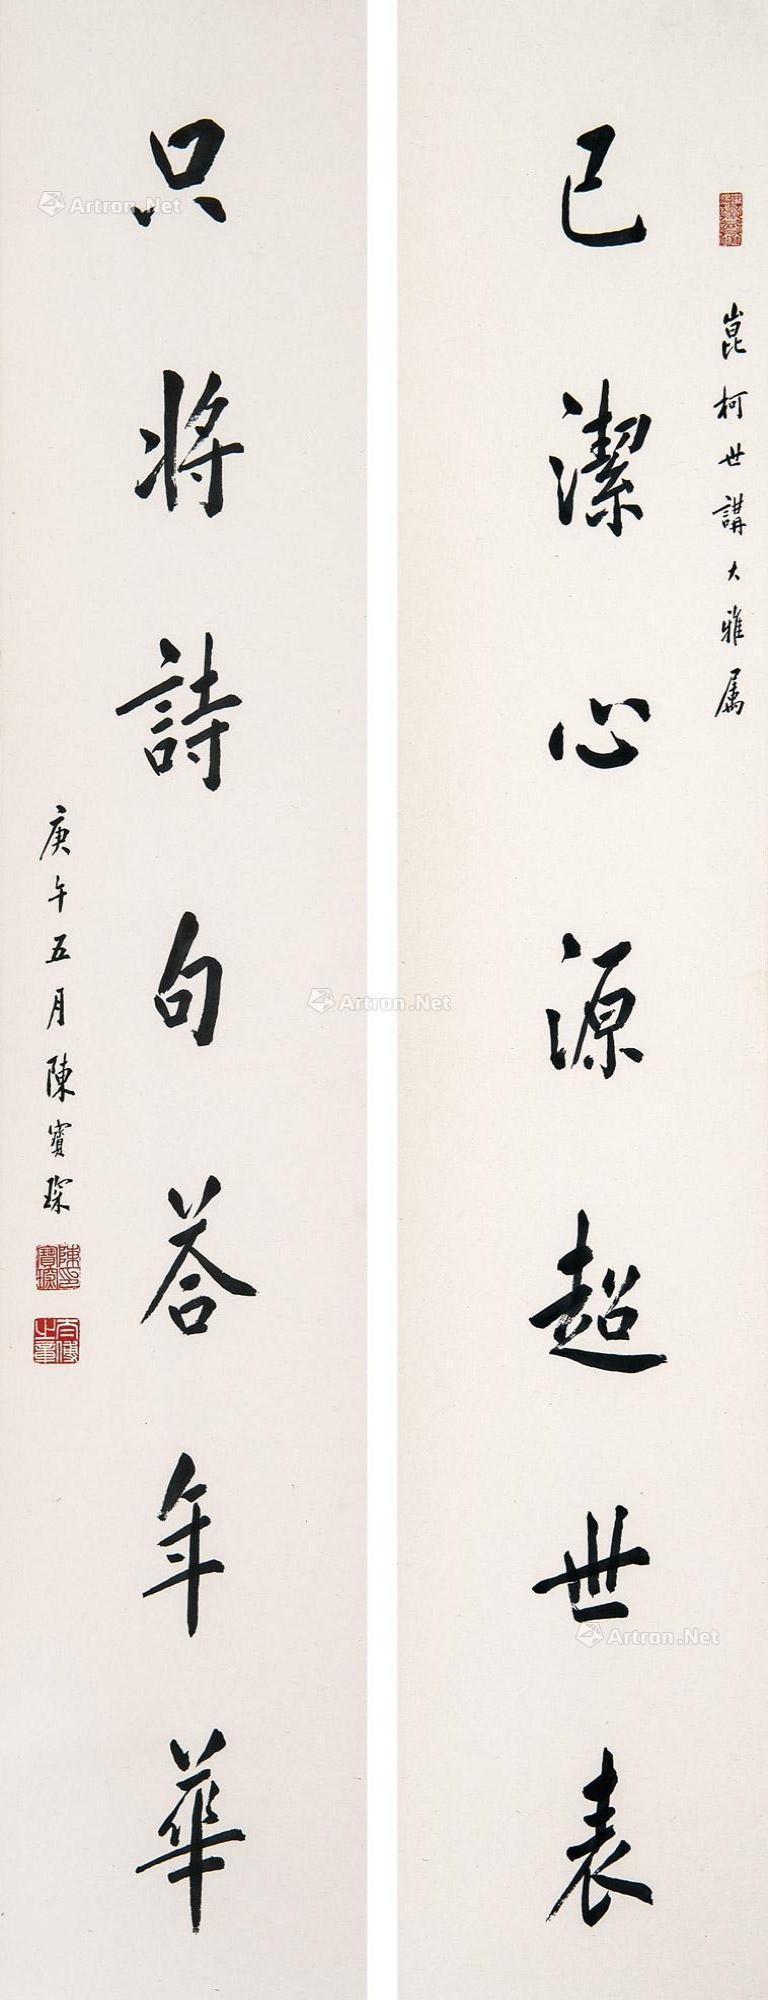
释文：已洁心源超世表，只将诗句答年华。昆柯世讲大雅属。庚午五月陈宝琛。